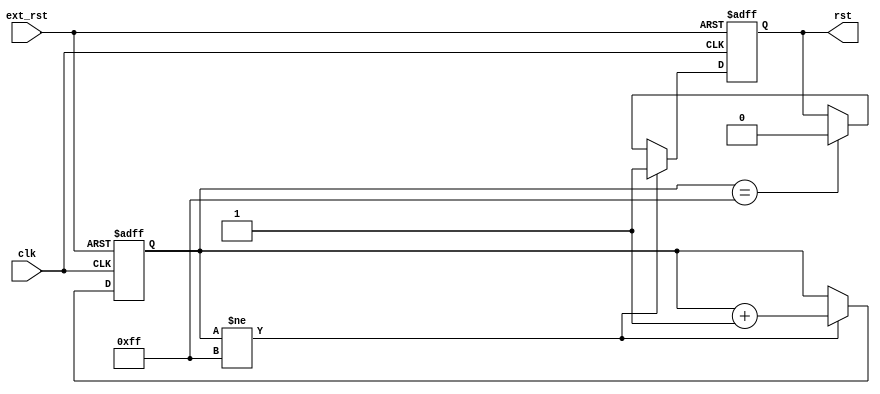
/*
  
   Multicore 2 / Multicore 2+
  
   Copyright (c) 2017-2020 - Victor Trucco

  
   All rights reserved
  
   Redistribution and use in source and synthezised forms, with or without
   modification, are permitted provided that the following conditions are met:
  
   Redistributions of source code must retain the above copyright notice,
   this list of conditions and the following disclaimer.
  
   Redistributions in synthesized form must reproduce the above copyright
   notice, this list of conditions and the following disclaimer in the
   documentation and/or other materials provided with the distribution.
  
   Neither the name of the author nor the names of other contributors may
   be used to endorse or promote products derived from this software without
   specific prior written permission.
  
   THIS CODE IS PROVIDED BY THE COPYRIGHT HOLDERS AND CONTRIBUTORS "AS IS"
   AND ANY EXPRESS OR IMPLIED WARRANTIES, INCLUDING, BUT NOT LIMITED TO,
   THE IMPLIED WARRANTIES OF MERCHANTABILITY AND FITNESS FOR A PARTICULAR
   PURPOSE ARE DISCLAIMED. IN NO EVENT SHALL THE AUTHOR OR CONTRIBUTORS BE
   LIABLE FOR ANY DIRECT, INDIRECT, INCIDENTAL, SPECIAL, EXEMPLARY, OR
   CONSEQUENTIAL DAMAGES (INCLUDING, BUT NOT LIMITED TO, PROCUREMENT OF
   SUBSTITUTE GOODS OR SERVICES; LOSS OF USE, DATA, OR PROFITS; OR BUSINESS
   INTERRUPTION) HOWEVER CAUSED AND ON ANY THEORY OF LIABILITY, WHETHER IN
   CONTRACT, STRICT LIABILITY, OR TORT (INCLUDING NEGLIGENCE OR OTHERWISE)
   ARISING IN ANY WAY OUT OF THE USE OF THIS SOFTWARE, EVEN IF ADVISED OF THE
   POSSIBILITY OF SUCH DAMAGE.
  
   You are responsible for any legal issues arising from your use of this code.
  
*/`timescale 1ns / 1ps

module fpga_reset(
  input      clk,
  input      ext_rst,
  output reg rst
);

reg [7:0]  cnt = 8'h0; // the FPGA should initialize this with its own POR

always @(negedge clk or posedge ext_rst) begin
  if( ext_rst ) begin
    cnt  <= 8'h0;
    rst  <= 1'b1;
  end
  else if( cnt != 8'hFF ) begin
    rst  <= 1'b1;
    cnt  <= cnt + 1'b1;
  end
  else if( cnt==8'hFF ) rst <= 1'b0;
end

endmodule